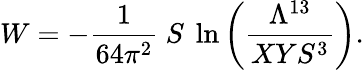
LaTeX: W=-{\frac{1}{64\pi^{2}}}\ S\ \ln\left({\frac{\Lambda^{13}}{XYS^{3}}}\right).